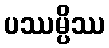
ပဿမ္ပိဿ